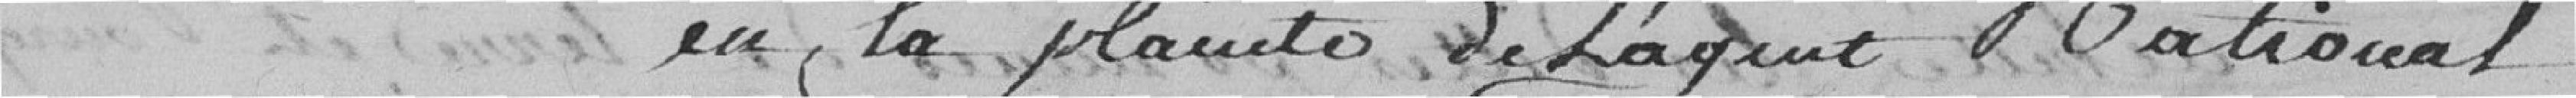
As() en la plainte De L'aque National